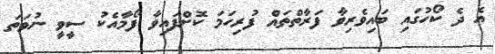
އެ ދެ ކޯހުގައި ބައިވެރިވާ ފަރާތްތައް ފުރިހަމަ ކޮށްފައިވާ ފޯމާއެކު ސީވީ ނުވަތަ